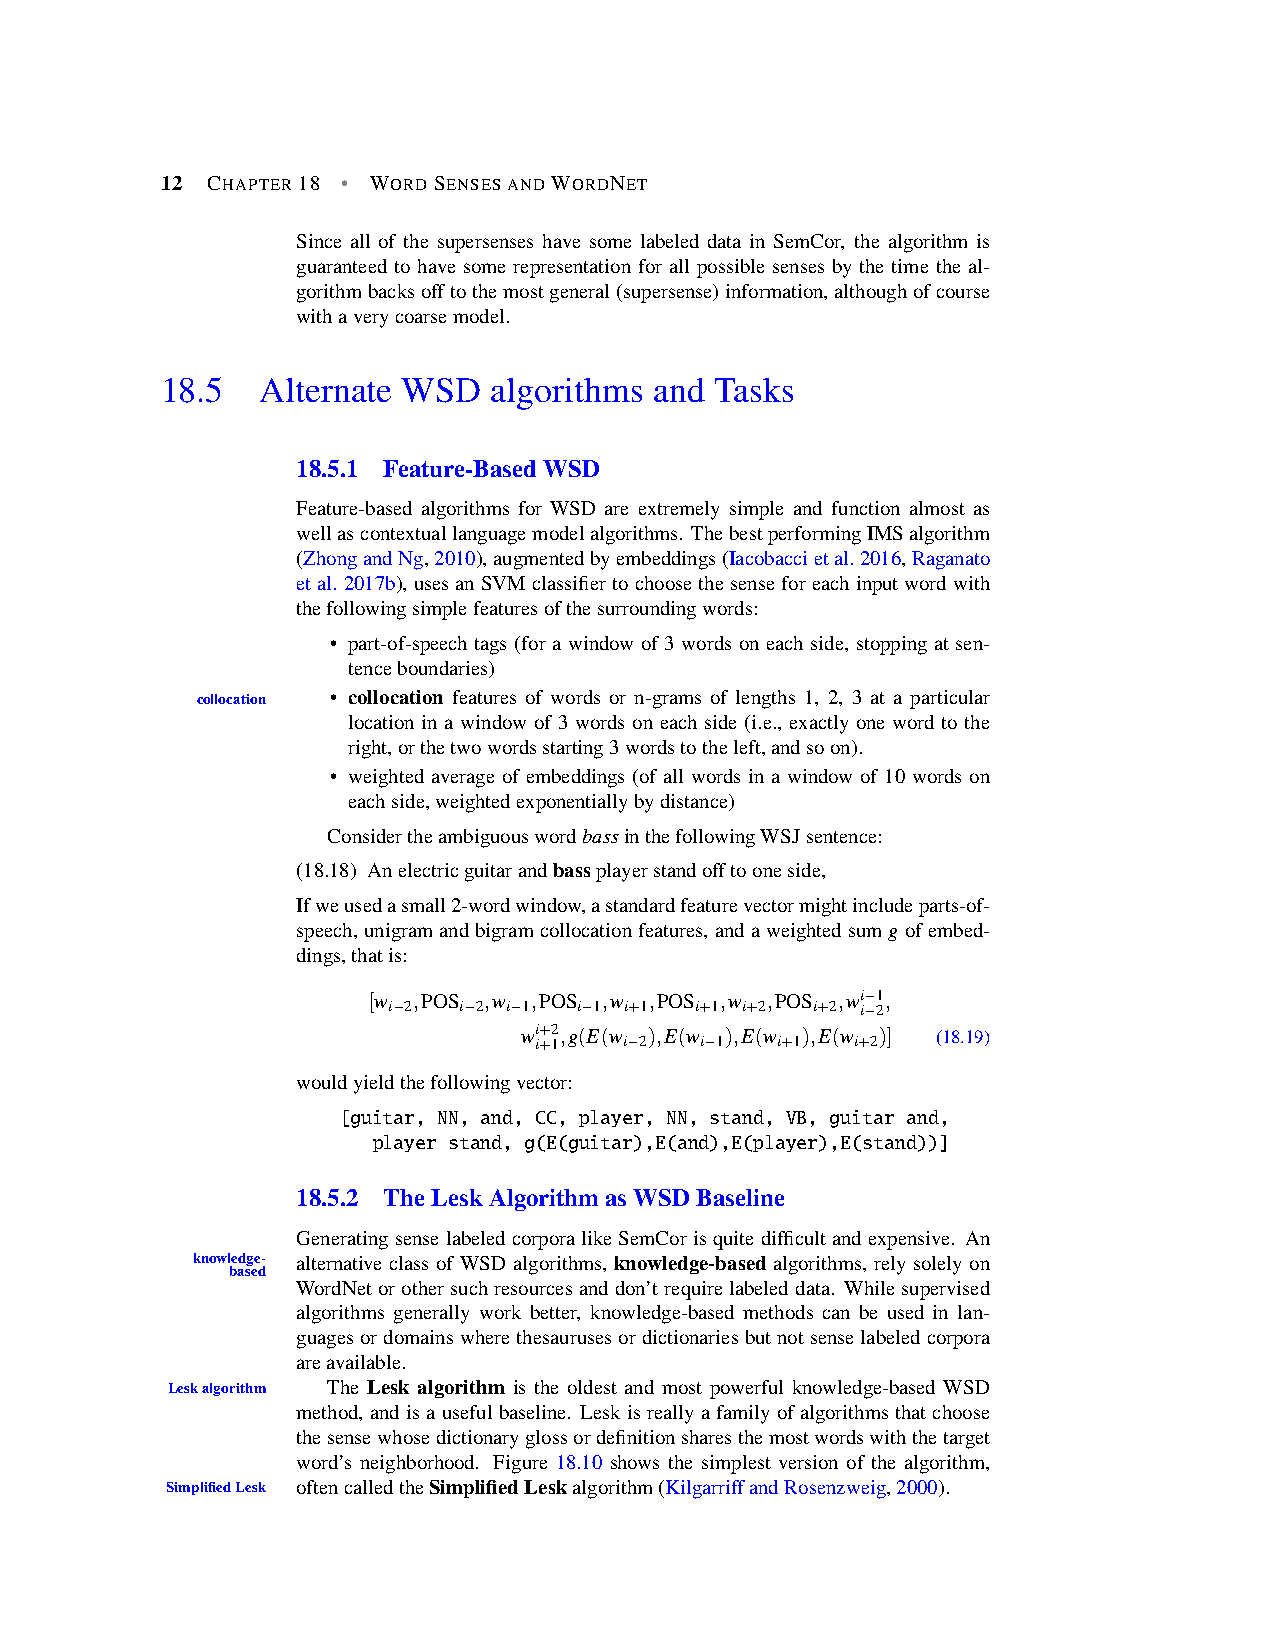
12 CHAPTER18 • WORDSENSESANDWORDNET
 Since all of the supersenses have some labeled data in SemCor, the algorithm is
 guaranteed to have some representation for all possible senses by the time the al-
 gorithmbacksofftothemostgeneral(supersense)information,althoughofcourse
 withaverycoarsemodel.
 18.5  Alternate WSD   algorithms and Tasks
 18.5.1 Feature-BasedWSD
 Feature-based algorithms for WSD are extremely simple and function almost as
 wellascontextuallanguagemodelalgorithms. ThebestperformingIMSalgorithm
 (ZhongandNg,2010),augmentedbyembeddings(Iacobaccietal.2016,Raganato
 etal.2017b), usesanSVMclassifiertochoosethesenseforeachinputwordwith
 thefollowingsimplefeaturesofthesurroundingwords:
 • part-of-speech tags (for a window of 3 words on each side, stopping at sen-
 tenceboundaries)
 collocation • collocation features of words or n-grams of lengths 1, 2, 3 at a particular
 location in a window of 3 words on each side (i.e., exactly one word to the
 right,orthetwowordsstarting3wordstotheleft,andsoon).
 • weighted average of embeddings (of all words in a window of 10 words on
 eachside,weightedexponentiallybydistance)
 ConsidertheambiguouswordbassinthefollowingWSJsentence:
 (18.18) Anelectricguitarandbassplayerstandofftooneside,
 Ifweusedasmall2-wordwindow,astandardfeaturevectormightincludeparts-of-
 speech,unigramandbigramcollocationfeatures,andaweightedsumgofembed-
 dings,thatis:
 [w ,POS ,w ,POS ,w ,POS ,w ,POS ,wi−1,
 i−2 i−2 i−1 i−1 i+1 i+1 i+2 i+2 i−2
 wi i+ +2 1,g(E(w i−2),E(w i−1),E(w i+1),E(w i+2)] (18.19)
 wouldyieldthefollowingvector:
 [guitar, NN, and, CC, player, NN, stand, VB, guitar and,
 player stand, g(E(guitar),E(and),E(player),E(stand))]
 18.5.2 TheLeskAlgorithmasWSDBaseline
 GeneratingsenselabeledcorporalikeSemCorisquitedifficultandexpensive. An
 knowledge- alternative class of WSD algorithms, knowledge-based algorithms, rely solely on
 based
 WordNetorothersuchresourcesanddon’trequirelabeleddata. Whilesupervised
 algorithms generally work better, knowledge-based methods can be used in lan-
 guagesordomainswherethesaurusesordictionariesbutnotsenselabeledcorpora
 areavailable.
 Leskalgorithm The Lesk algorithm is the oldest and most powerful knowledge-based WSD
 method, andisausefulbaseline. Leskisreallyafamilyofalgorithmsthatchoose
 thesensewhosedictionaryglossordefinitionsharesthemostwordswiththetarget
 word’s neighborhood. Figure 18.10 shows the simplest version of the algorithm,
 SimplifiedLesk oftencalledtheSimplifiedLeskalgorithm(KilgarriffandRosenzweig,2000).